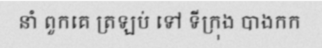
នាំ ពួកគេ ត្រឡប់ ទៅ ទីក្រុង បាងកក